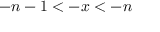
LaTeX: - n - 1 < - x < - n